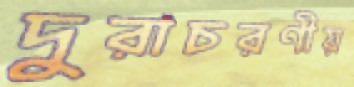
দুরাচরণীয়